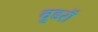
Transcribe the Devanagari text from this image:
वुडरॉ